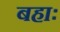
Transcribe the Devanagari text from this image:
बहाः